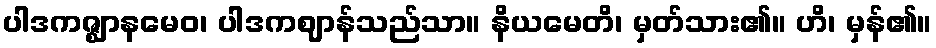
ပါဒကဇ္ဈာနမေဝ၊ ပါဒကဈာန်သည်သာ။ နိယမေတိ၊ မှတ်သား၏။ ဟိ၊ မှန်၏။